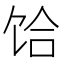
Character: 饸